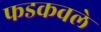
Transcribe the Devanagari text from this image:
फडकवले